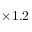
\times 1 . 2